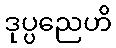
ဒုပ္ပညေဟိ